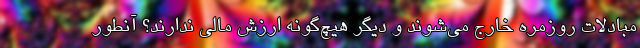
مبادلات روزمره خارج می‌شوند و دیگر هیچ‌گونه ارزش مالی ندارند؟ آنطور